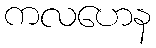
ကလဟေန